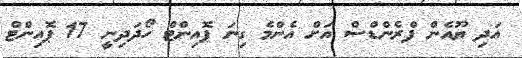
އަދި ޔޫއެން ފްރެންޑްސް އަށް އެންމެ ގިނަ ޕޮއިންޓް ހޯދަދިނީ 17 ޕޮއިންޓް